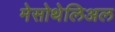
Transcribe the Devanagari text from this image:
मेसोथेलिअल